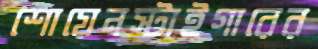
শোয়েনস্টাইগারের